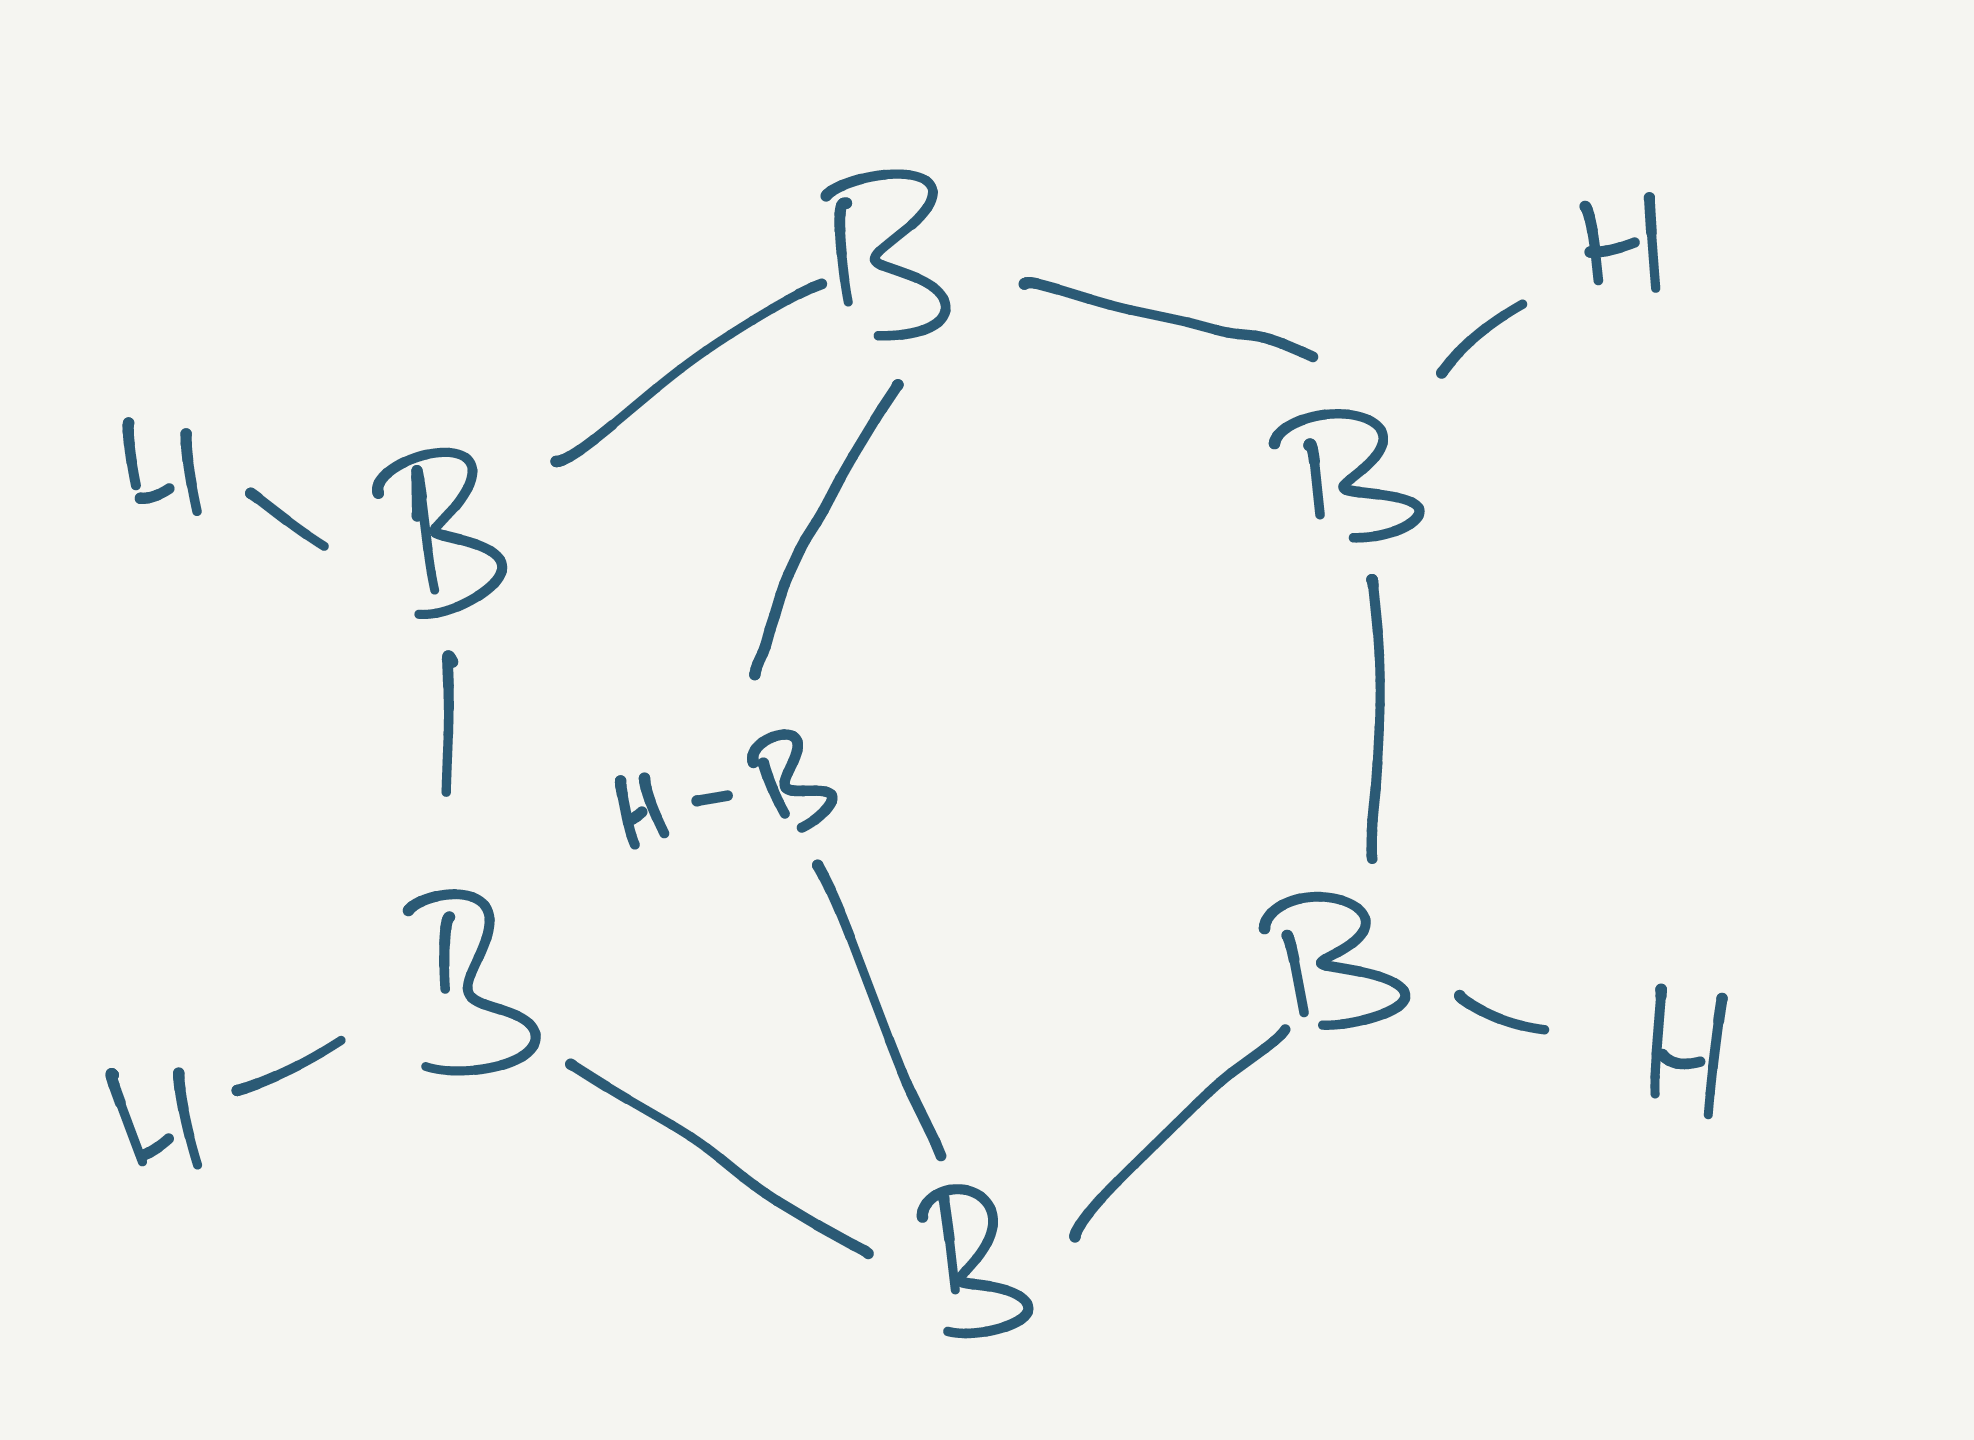
Simplified molecular-input line-entry system (SMILES) notation of the given molecule:
B1BB2BBB1B2